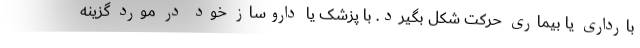
بارداری یا بیماری حرکت شکل بگیرد. با پزشک یا داروساز خود در مورد گزینه